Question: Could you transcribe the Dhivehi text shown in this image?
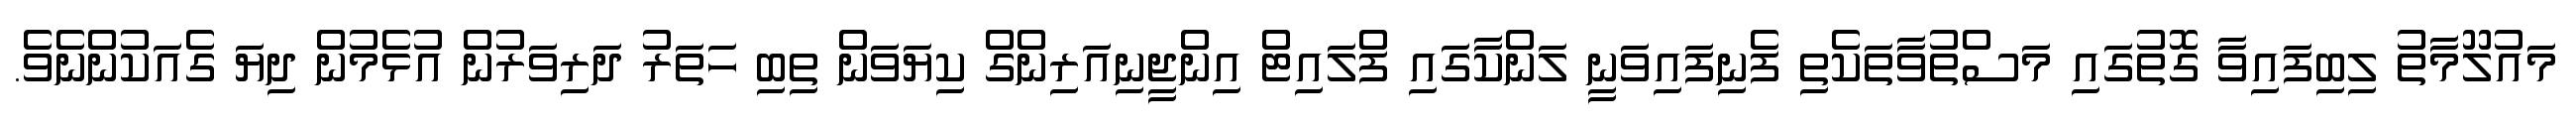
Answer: މައުލޫމާތު ލިބިފައިވާ ގޮތުގައި މަސްތުވާތަކެތި ފެނިފައިވަނީ ލަންކާގައި ފްލައިޓް އިންޖީނިއަރިންގް ކިޔަވަން ތިބި ހަތަރު ދަރިވަރުން އުޅެމުން ދިޔަ ގެއަކުންނެވެ.